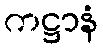
ကဋ္ဌာနံ